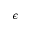
\epsilon